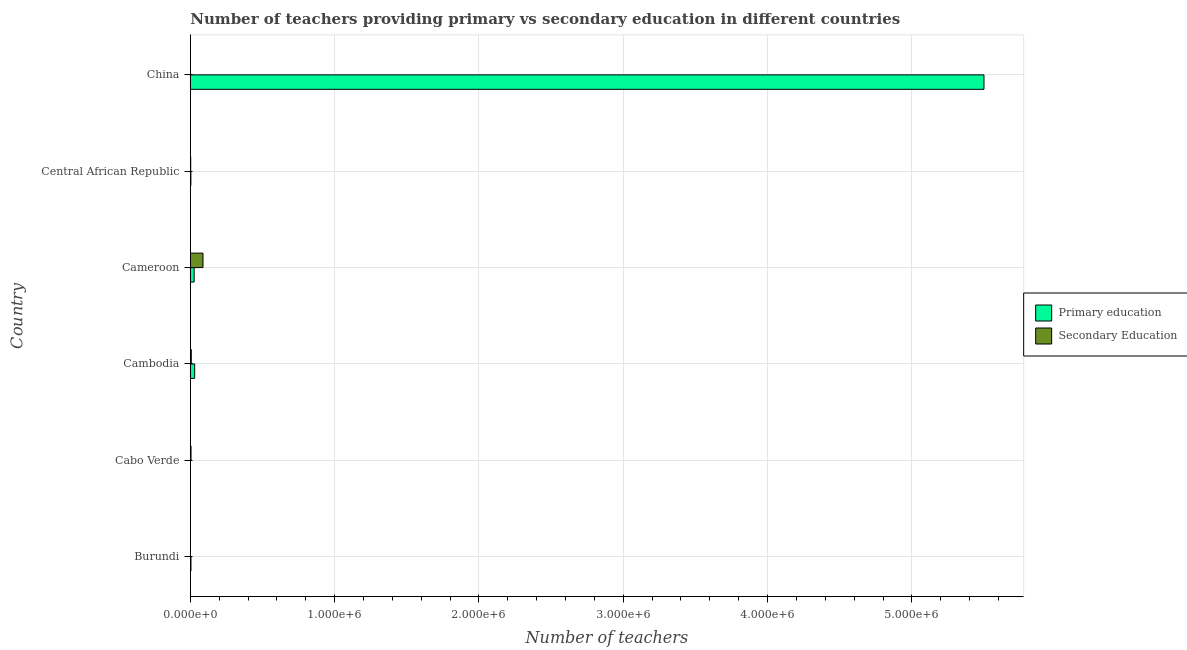
| Country | Primary education | Secondary Education |
 | --- | --- | --- |
 | Burundi | 4.80e+03 | 449 |
 | Cabo Verde | 1.44e+03 | 5.12e+03 |
 | Cambodia | 3.03e+04 | 6.96e+03 |
 | Cameroon | 2.68e+04 | 8.8e+04 |
 | Central African Republic | 4.13e+03 | 2.95e+03 |
 | China | 5.5e+06 | 278 |